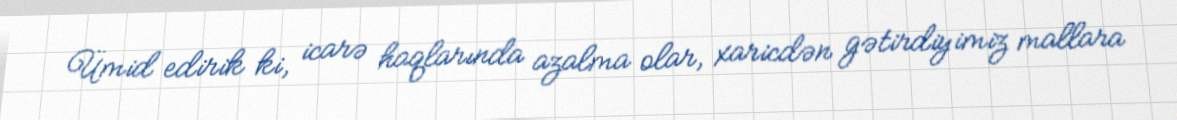
Ümid edirik ki, icarə haqlarında azalma olar, xaricdən gətirdiyimiz mallara